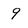
Character: 9